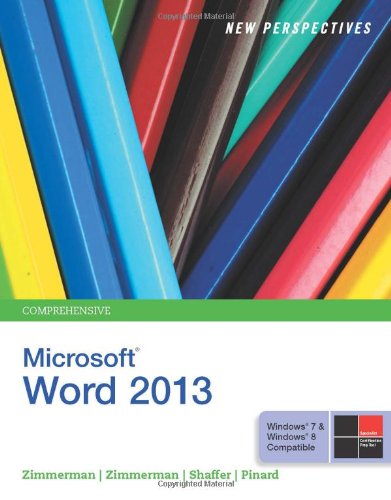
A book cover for New Perspectives on Microsoft Word 2013, Comprehensive; S. Scott Zimmerman; Computers & Technology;